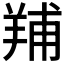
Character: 𦎎